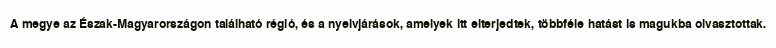
A megye az Észak-Magyarországon található régió, és a nyelvjárások, amelyek itt elterjedtek, többféle hatást is magukba olvasztottak.